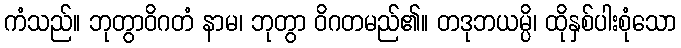
ကံသည်။ ဘုတွာဝိဂတံ နာမ၊ ဘုတွာ ဝိဂတမည်၏။ တဒုဘယမ္ပိ၊ ထိုနှစ်ပါးစုံသော